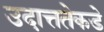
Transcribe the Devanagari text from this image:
उदात्ततेकडे